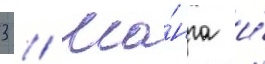
3 // Ма́нга и́